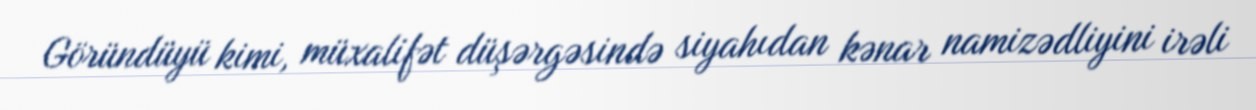
Göründüyü kimi, müxalifət düşərgəsində siyahıdan kənar namizədliyini irəli